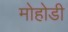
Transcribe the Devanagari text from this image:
मोहोडी